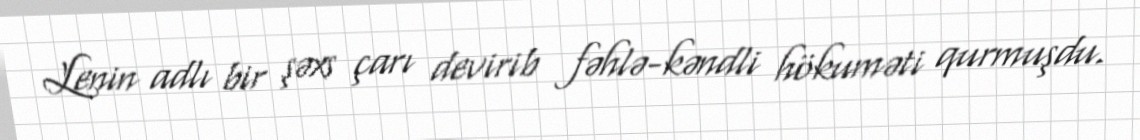
Lenin adlı bir şəxs çarı devirib fəhlə-kəndli hökuməti qurmuşdu.